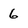
Character: 6